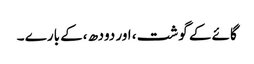
گائے کے گوشت ، اور دودھ ،کے بارے ۔